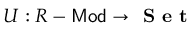
U : R - { \mathsf { M o d } } \to { \textbf { S e t } }